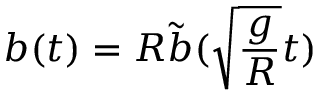
b ( t ) = R \tilde { b } ( \sqrt { \frac { g } { R } } t )